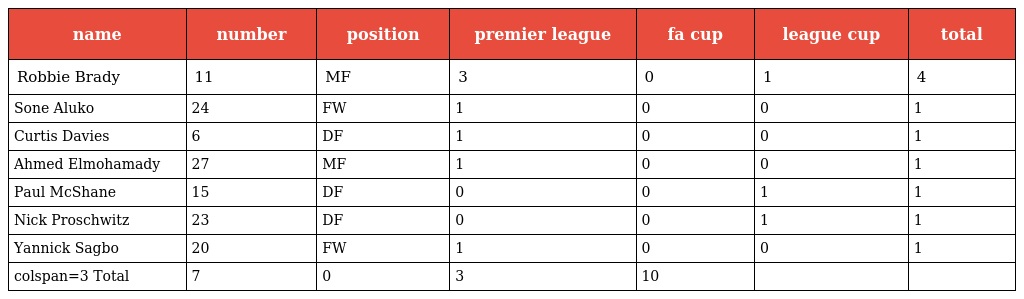
| name | number | position | premier league | fa cup | league cup | total |
 | --- | --- | --- | --- | --- | --- | --- |
 | Robbie Brady | 11 | MF | 3 | 0 | 1 | 4 |
 | Sone Aluko | 24 | FW | 1 | 0 | 0 | 1 |
 | Curtis Davies | 6 | DF | 1 | 0 | 0 | 1 |
 | Ahmed Elmohamady | 27 | MF | 1 | 0 | 0 | 1 |
 | Paul McShane | 15 | DF | 0 | 0 | 1 | 1 |
 | Nick Proschwitz | 23 | DF | 0 | 0 | 1 | 1 |
 | Yannick Sagbo | 20 | FW | 1 | 0 | 0 | 1 |
 | colspan=3 Total | 7 | 0 | 3 | 10 |  |  |